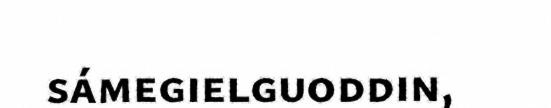
sámegielguoddin,